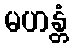
မဟန္တံ